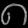
Digit: ၈